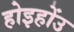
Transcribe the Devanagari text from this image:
होइहोंउ